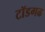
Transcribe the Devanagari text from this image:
टॉडगढ